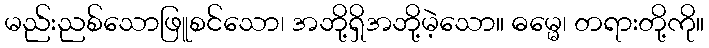
မည်းညစ်သောဖြူစင်သော၊ အဘို့ရှိအဘို့မဲ့သော။ ဓမ္မေ၊ တရားတို့ကို။